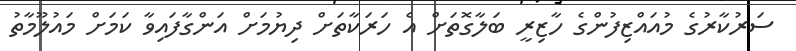
ސަރުކާރުގެ މުއައްޒިފުންގެ ހާޒިރީ ބަލާގޮތަށް އެ ހަރަކާތަށް ދިޔުމަށް އަންގާފައިވާ ކަމަށް މައުލޫމާތު